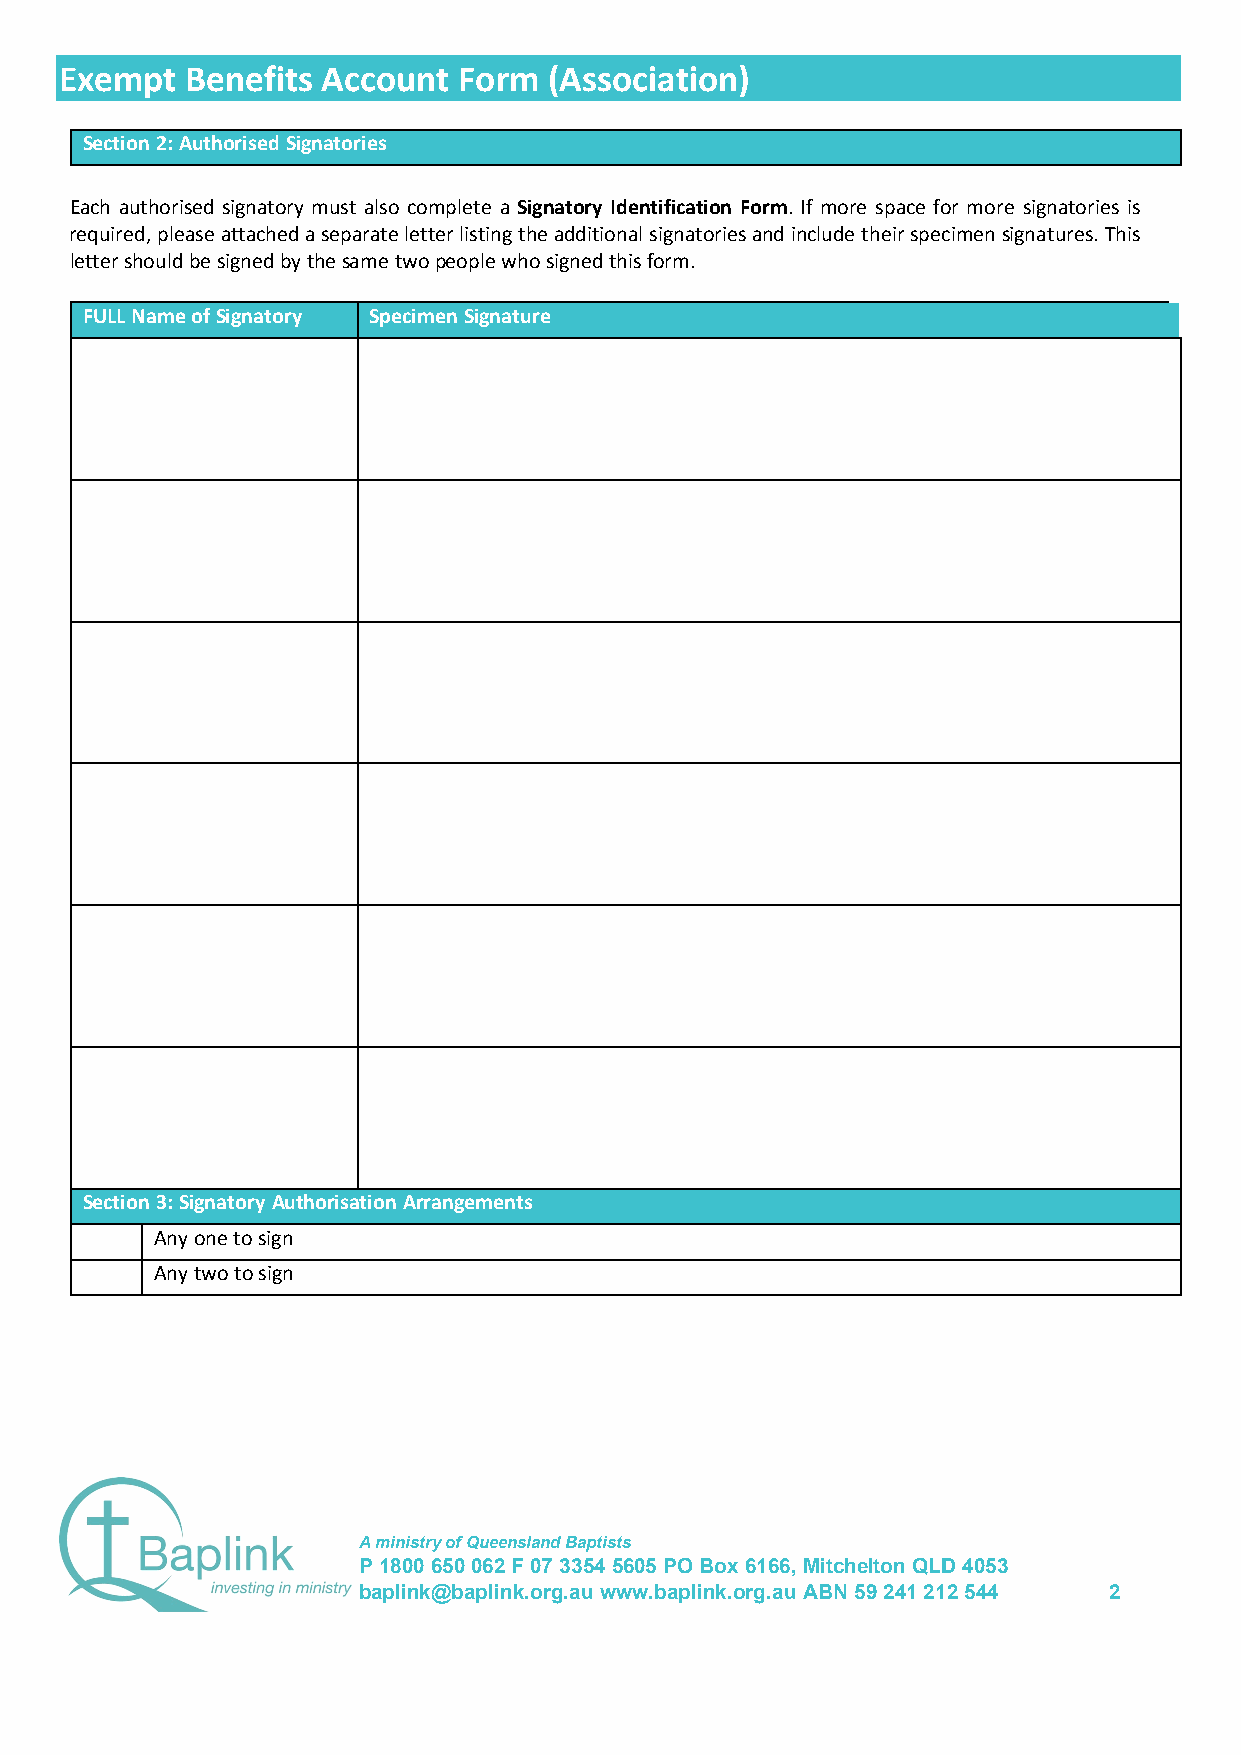
Exempt  Benefits Account  Form  (Association)
 Section 2: Authorised Signatories
 Each authorised signatory must also complete a Signatory Identification Form. If more space for more signatories is
 required, please attached a separate letter listing the additional signatories and include their specimen signatures. This
 letter should be signed by the same two people who signed this form.
 FULL Name of Signatory Specimen Signature
 Section 3: Signatory Authorisation Arrangements
 Any one to sign
 Any two to sign
 A ministry of Queensland Baptists
 P 1800 650 062 F 07 3354 5605 PO Box 6166, Mitchelton QLD 4053
 baplink@baplink.org.au www.baplink.org.au ABN 59 241 212 544 2